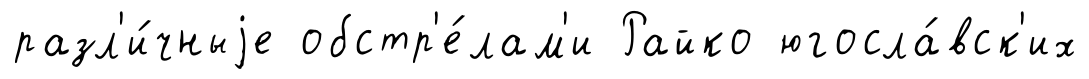
разл'и́чныjе обстр'е́лам'и Райко югосла́вск'их